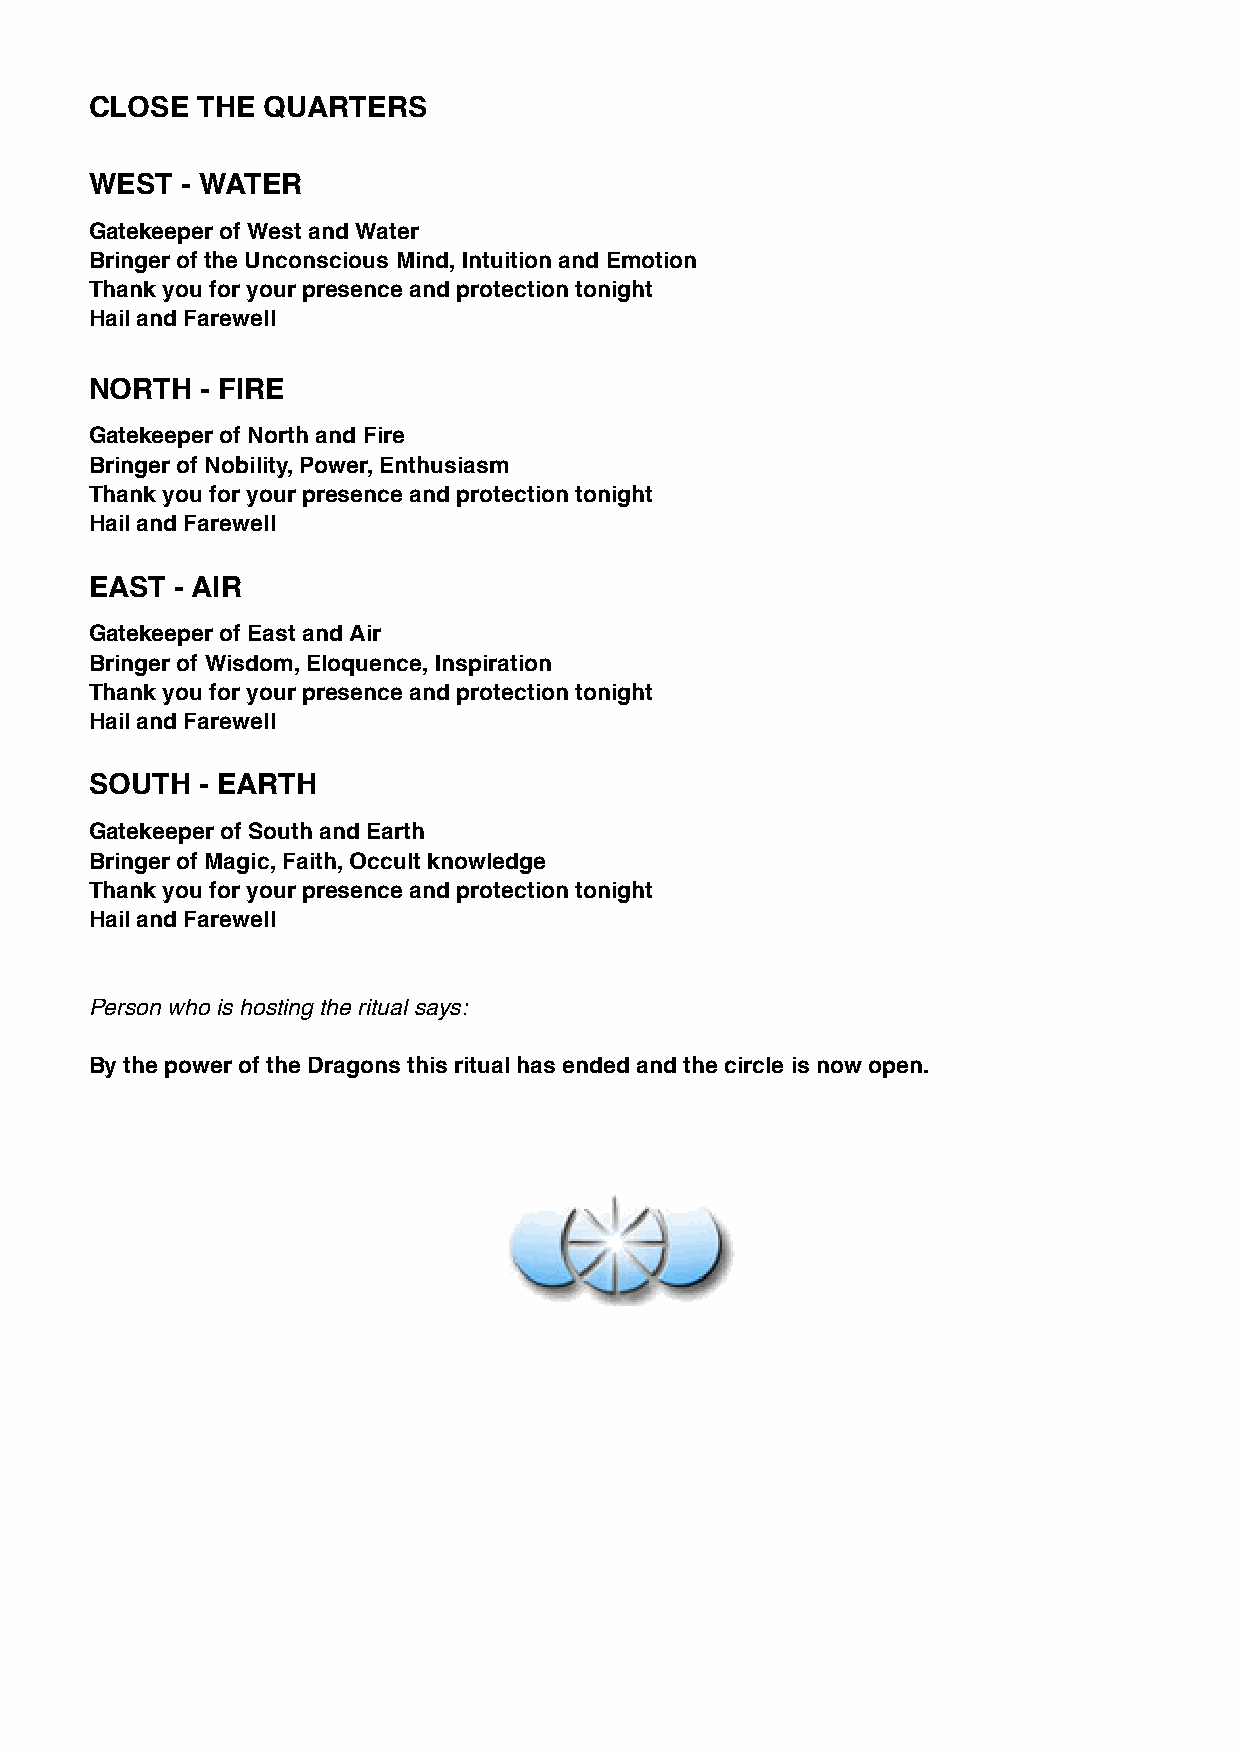
CLOSE  THE QUARTERS
 WEST  - WATER
 Gatekeeper of West and Water
 Bringer of the Unconscious Mind, Intuition and Emotion
 Thank you for your presence and protection tonight
 Hail and Farewell
 NORTH  - FIRE
 Gatekeeper of North and Fire
 Bringer of Nobility, Power, Enthusiasm
 Thank you for your presence and protection tonight
 Hail and Farewell
 EAST  - AIR
 Gatekeeper of East and Air
 Bringer of Wisdom, Eloquence, Inspiration
 Thank you for your presence and protection tonight
 Hail and Farewell
 SOUTH  - EARTH
 Gatekeeper of South and Earth
 Bringer of Magic, Faith, Occult knowledge
 Thank you for your presence and protection tonight
 Hail and Farewell
 Person who is hosting the ritual says:
 By the power of the Dragons this ritual has ended and the circle is now open.